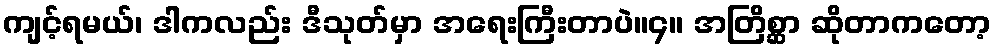
ကျင့်ရမယ်၊ ဒါကလည်း ဒီသုတ်မှာ အရေးကြီးတာပဲ။၄။ အတြိစ္ဆာ ဆိုတာကတော့